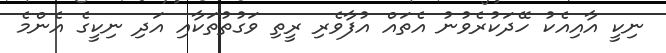
ނިކީ އާއިއެކު ހޭދަކުރެވުނު އެތައް އުފާވެރި ރީތި ވަގުތުތަކާއި އަދި ނިކީގެ އެންމެ